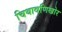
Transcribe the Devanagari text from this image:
चिथावणिखोर